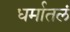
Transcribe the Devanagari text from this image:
धर्मातलं